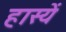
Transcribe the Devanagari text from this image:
हास्यें